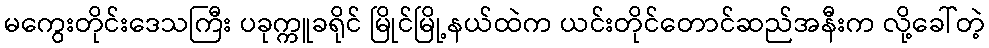
မကွေးတိုင်းဒေသကြီး ပခုက္ကူခရိုင် မြိုင်မြို့နယ်ထဲက ယင်းတိုင်တောင်ဆည်အနီးက လို့ခေါ်တဲ့